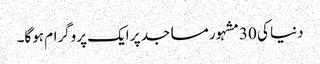
دنیا کی 30مشہور مساجد پر ایک پروگرام ہوگا۔